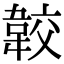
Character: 𩎦